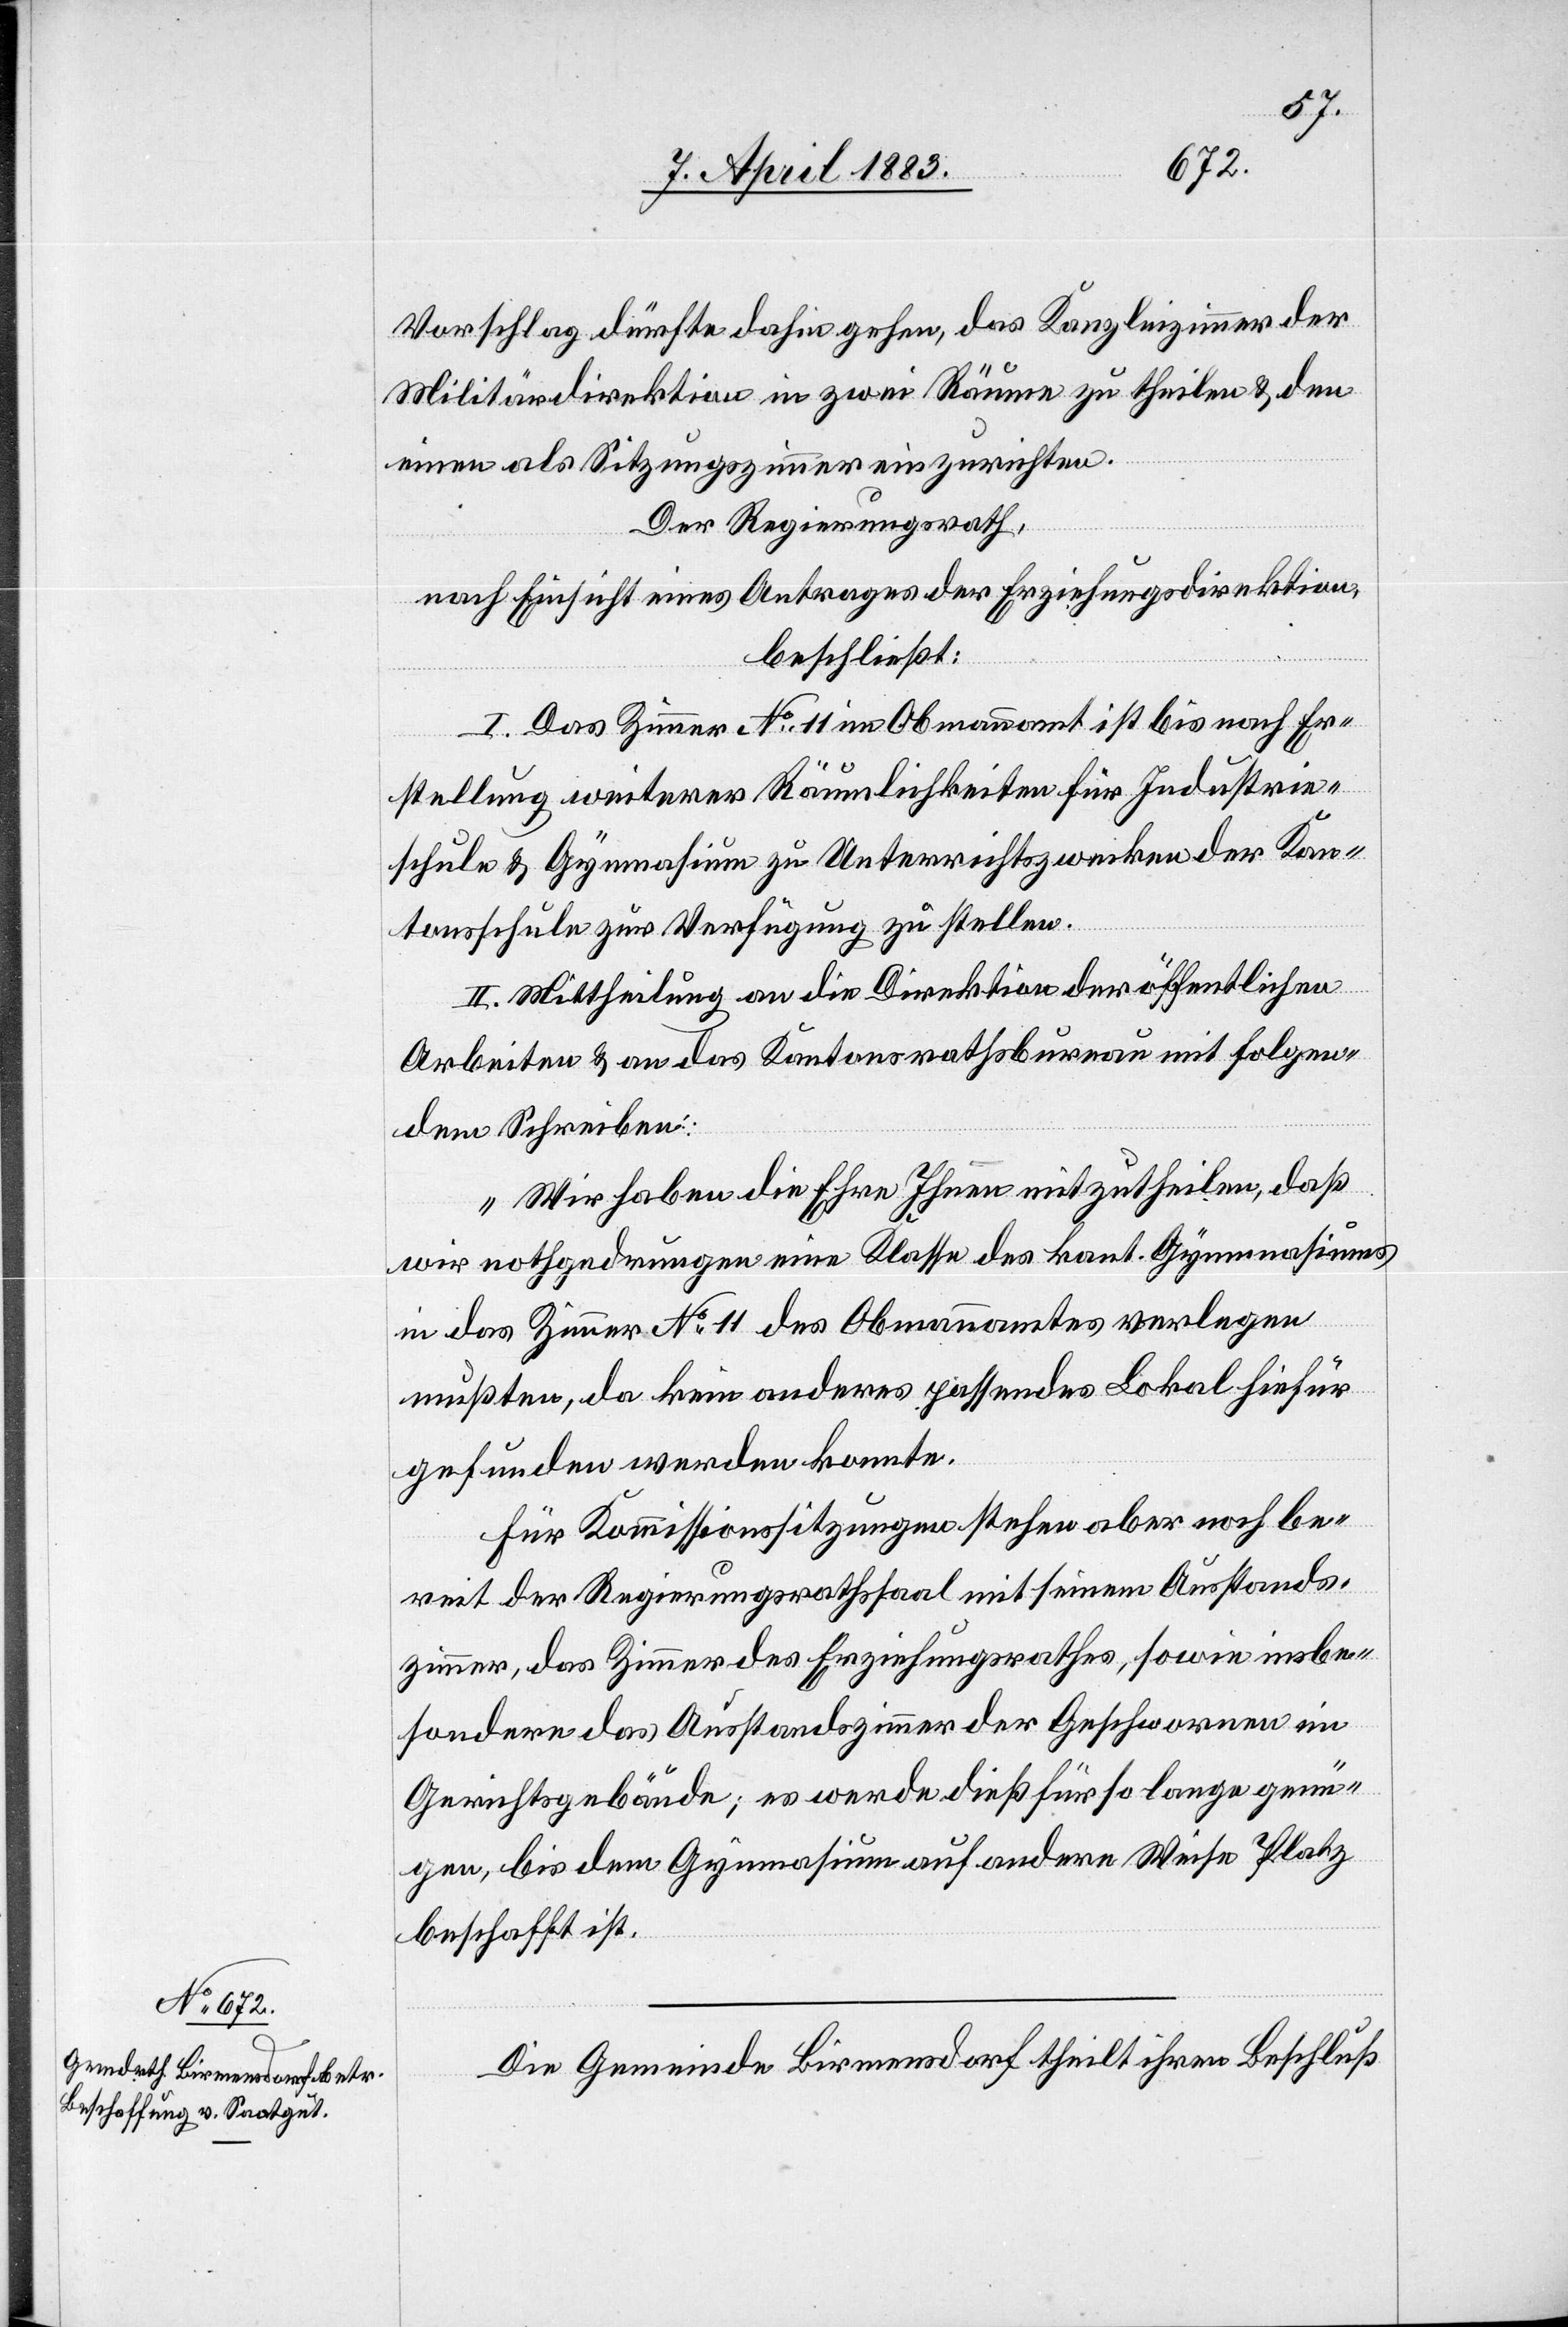
Vorschlag dürfte dahin gehen, das Kanzleizimmer der
Militärdirektion in zwei Räume zu theilen & den
einen als Sitzungszimmer einzurichten.
Der Regierungsrath,
nach Einsicht eines Antrages der Erziehungsdirektion,
beschließt:
I. Das Zimmer No 11 im Obmannamt ist bis nach Er¬
stellung weiterer Räumlichkeiten für Industrie¬
schule & Gymnasium zu Unterrichtszwecken der Kan¬
tonsschule zur Verfügung zu stellen.
II. Mittheilung an die Direktion der öffentlichen
Arbeiten & an das Kantonsrathsbureau mit folgen¬
dem Schreiben:
„Wir haben die Ehre Ihnen mitzutheilen, daß
wir nothgedrungen eine Klasse des kant. Gymnasiums
in das Zimmer No 11 des Obmannamtes verlegen
mußten, da kein anderes passendes Lokal hiefür
gefunden werden konnte.
Für Kommissionssitzungen stehen aber noch be¬
reit der Regierungsrathssaal mit seinem Ausstands¬
zimmer, das Zimmer des Erziehungsrathes, sowie insbe¬
sondere das Ausstandszimmer der Geschworenen im
Gerichtsgebäude; es werde dies für so lange genü¬
gen, bis dem Gymnasium auf andere Weise Platz
beschafft ist.“
Die Gemeinde Birmensdorf theilt ihren Beschluß